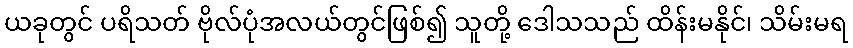
ယခုတွင် ပရိသတ် ဗိုလ်ပုံအလယ်တွင်ဖြစ်၍ သူတို့ ဒေါသသည် ထိန်းမနိုင်၊ သိမ်းမရ